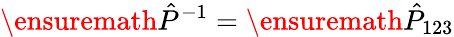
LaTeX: \ensuremath{\hat{P}}^{\smash{-1}}=\ensuremath{\hat{P}}_{123}